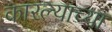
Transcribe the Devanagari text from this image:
कारल्याच्या